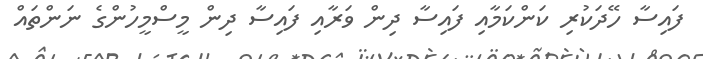
ފައިސާ ހޭދަކުރި ކަންކަމާއި ފައިސާ ދިން ވަރާއި ފައިސާ ދިން މީސްމީހުންގެ ނަންތައް